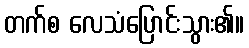
တက်စ လေသံပြောင်းသွား၏။